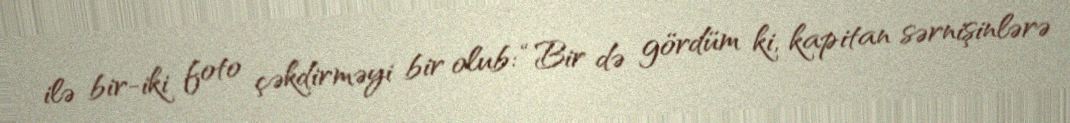
ilə bir-iki foto çəkdirməyi bir olub: “Bir də gördüm ki, kapitan sərnişinlərə